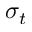
\sigma _ { t }